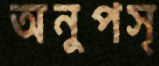
অনুপস্